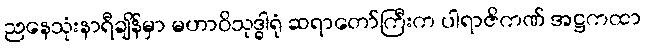
ညနေသုံးနာရီချိန်မှာ မဟာဝိသုဒ္ဓါရုံ ဆရာတော်ကြီးက ပါရာဇိကဏ် အဋ္ဌကထာ